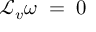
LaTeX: { \mathcal { L } } _ { v } \omega \; = \; 0